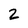
Character: 2